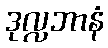
ဒုလ္လဘာနံ